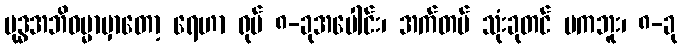
ဗုဒ္ဓအဘိဓမ္မာမှာတော့ ရေဟာ ရုပ် ၈-ခုအပေါင်း၊ အက်တမ် သုံးခုတင် မကဘူး၊ ၈-ခု